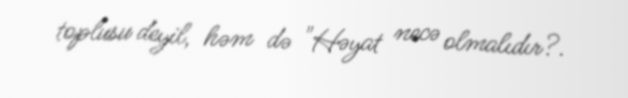
toplusu deyil, həm də "Həyat necə olmalıdır?.